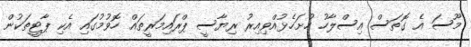
މޫސަ އެ ގޮތަސް އިސްލާހު ހުށަހެޅުއްވިއިރު ރިޔާސީ ޕްރައިމަރީތައް ހޮވުމުގައި އެކި ޕާޓީތަކުން